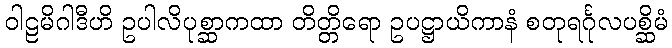
ဝါဠမိဂါဒီဟိ ဥပါလိပုစ္ဆာကထာ တိတ္တိရော ဥပဋ္ဌာယိကာနံ စတုရင်္ဂုလပစ္ဆိမံ